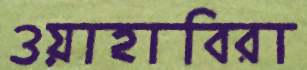
ওয়াহাবিরা